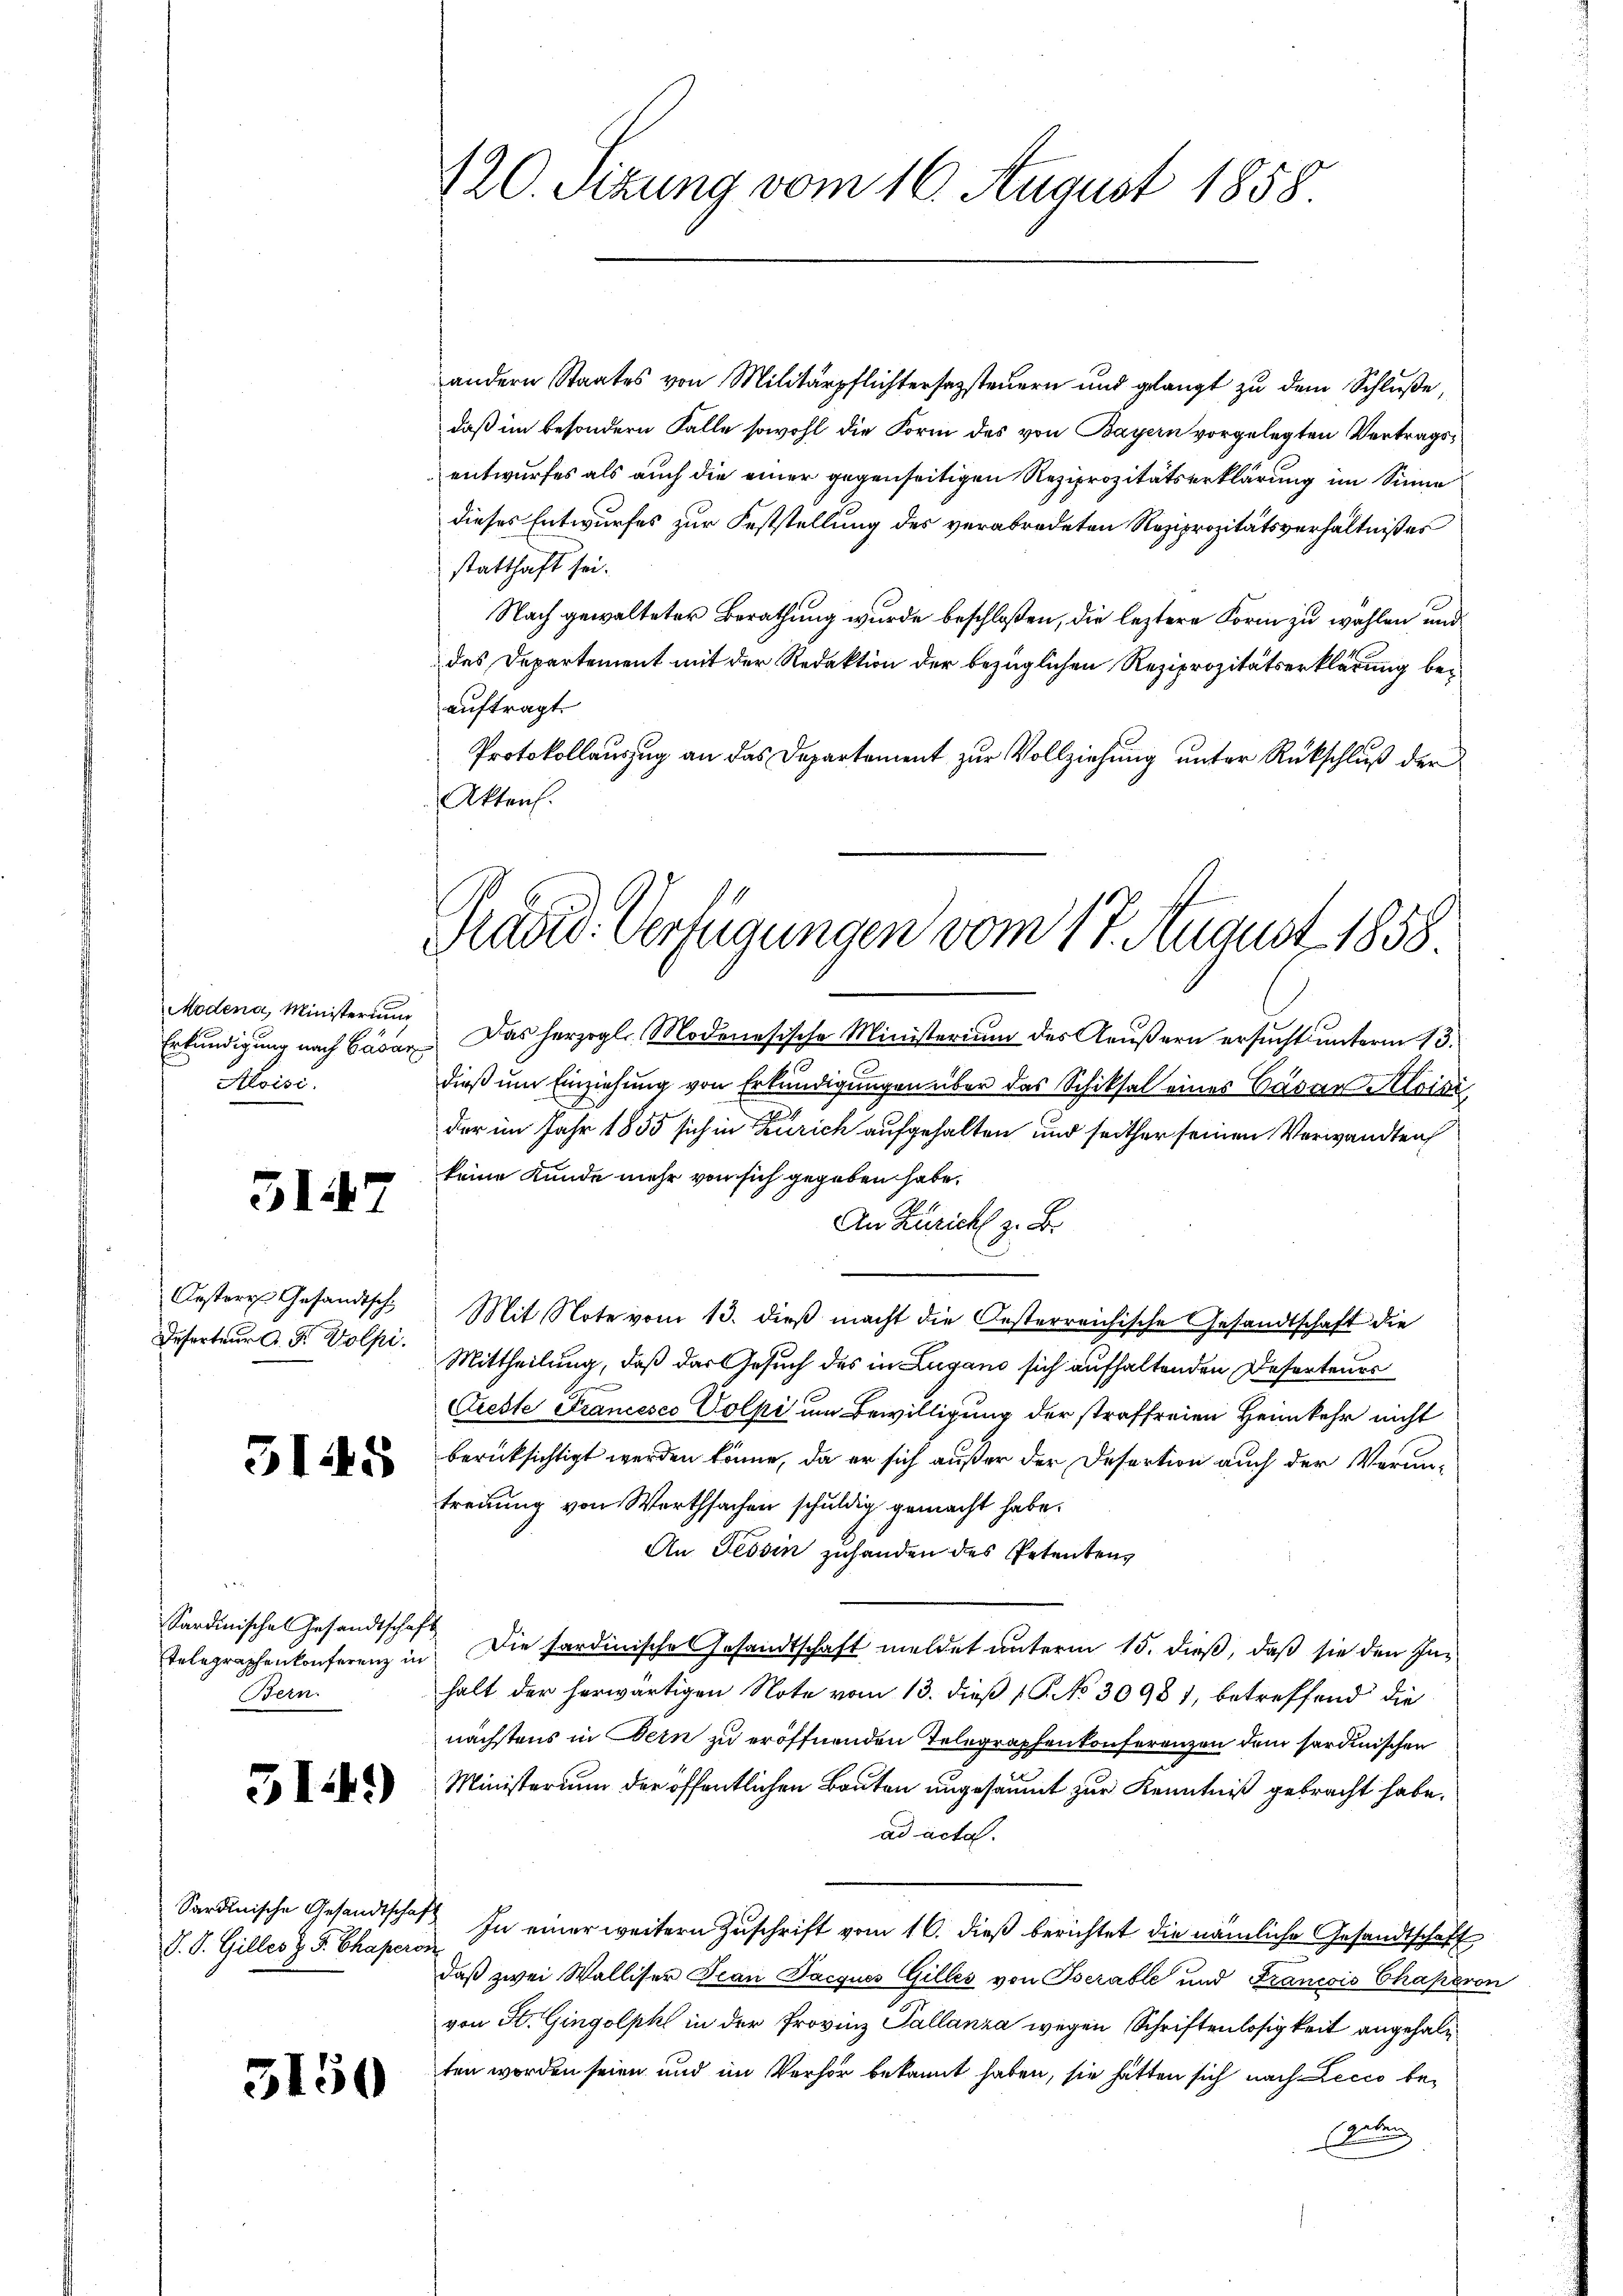
Modena, Ministerium
Erkundigung nach Gasar
Aloisi.

3147

Oesteres Gesandtschi
Deserteur A. F. Wolpi.

5145

Sardinische Gesandtschaft
Telegraphenkonferenz in
Bern.

5I)

V. S. Gilles z. S. Chaperon

3150

120. Sizung vom 16. August 1858.

Präsid. Verfügungen vom 17. August 1858.

andern Staates von Militärpflichtersezsteuern und gelangt zu dem Schluße,
daß im besondern Falle sowohl die Form des von Bayern vorgelegten Vertragsentwurfes als auch die einer gegenseitigen Reziprozitätserklärung im Sinne
dieses Entwurfes zur Feststellung des verabredeten Reziprozitätsverhältnißes
statthaft sei.
Nach gewalteter Berathung wurde beschloßen, die leztere Form zu wahlen und
des Departement mit der Redaktion der bezüglichen Reziprozitätserklärung bei
auftragt.
Protokollauszug an das Departement zur Vollziehung unter Rückschluß der
Akten.

Das herzogl. Modenesische Ministerium des Aeußern ersucht unterm 13.
dieß um Einziehung von Erkundigungen über das Schiksal eines Cäsar Aloisi
der im Jahr 1855 sich in Zürich aufgehalten und seither seinen Verwandten
keine Kunde mehr von sich gegeben habe.
An Zürich z. B.
Mit Note vom 13. dieß macht die Oesterreichische Gesandtschaft die
Mittheilung, daß das Gesuch des in Lugano sich aufhaltenden Deserteurs
Cieste Francesco Volpi um Bewilligung der straffreien Heimkehr nicht
berücksichtigt werden könne, da er sich außer der Desertion auch der Veruntreuung von Werthsachen schuldig gemacht habe.
An Tessin zuhanden des Petentens
Die sardinische Gesandtschaft meldet unterm 15. dieß, daß sie den Inhalt der herwärtigen Note vom 13. dieß 18. No 30981, betreffend die
nächstens in Bern zu eröffnenden Telegraphenkonferenzen dem sordinischen
Ministerium der öffentlichen Bauten ungesäumt zur Kenntniß gebracht habe.
ad acta.
Sardinische Gesandtschaft In einer weitern Zuschrift vom 16. dieß berichtet die nämliche Gesandtschaft
daß zwei Walliser Jean Pacques Gilles von Iserable und Francois Chaperon
von St. Gingolph in der Provinz Pallanza wegen Schriftenlosigkeit angehalten worden seien und im Verhör bekannt haben, sie hätten sich nach Lecco begeben